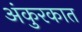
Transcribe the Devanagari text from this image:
अंकुरकात